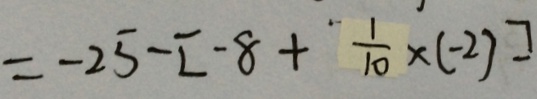
= - 2 5 - [ - 8 + \frac { 1 } { 1 0 } \times ( - 2 ) ]